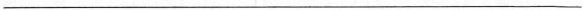
___